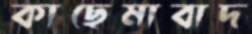
কাছেমাবাদ